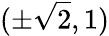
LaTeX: (\pm{\sqrt{2}},1)